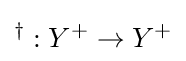
{}^{\dagger }:Y^{+}\rightarrow Y^{+}